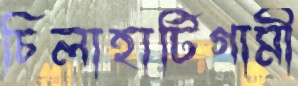
চিলাহাটিগামী